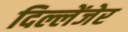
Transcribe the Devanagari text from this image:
दिल्लेंजेर